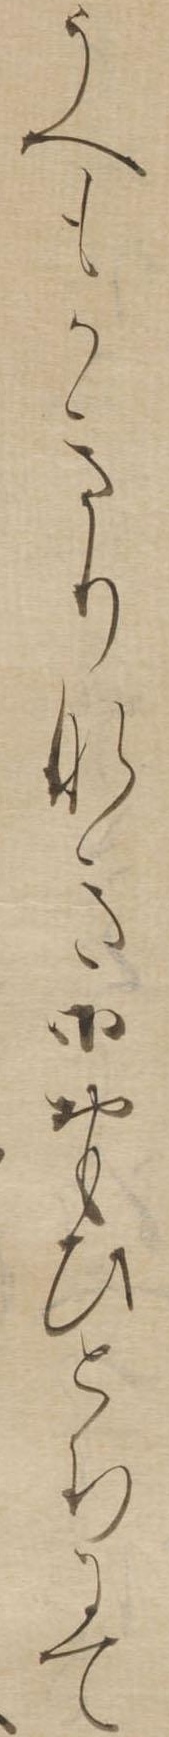
うへもかきりなき御おもひとちにて